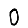
Digit: 0